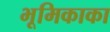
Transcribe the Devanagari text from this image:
भूमिकाका